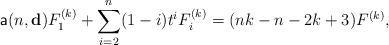
LaTeX: \begin{align*}\mathsf{a}(n,\mathbf{d}) F_1^{(k)}+\sum_{i=2}^{n}(1-i)t^{i}F_i^{(k)}=(nk-n-2k+3)F^{(k)},\end{align*}